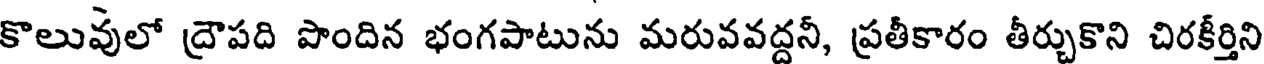
కొలువులో ద్రౌపది పొందిన భంగపాటును మరువవద్దనీ, ప్రతీకారం తీర్చుకొని చిరకీర్తిని